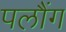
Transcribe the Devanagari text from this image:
पलौंग